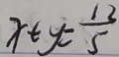
x \pm y = \frac { 1 3 } { 5 }